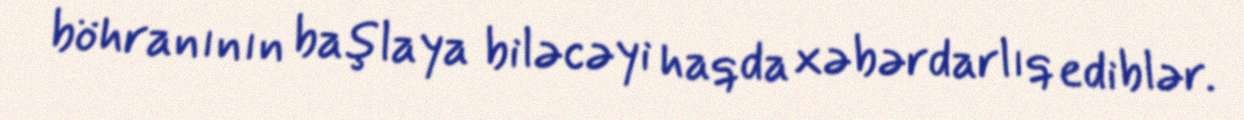
böhranının başlaya biləcəyi haqda xəbərdarlıq ediblər.